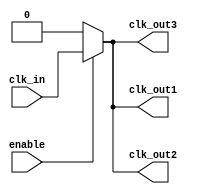
module LowPowerClockBuffer (
    input wire clk_in,               // Input clock signal
    input wire enable,               // Control signal for clock gating
    output wire clk_out1,            // Output clock signal 1
    output wire clk_out2,            // Output clock signal 2
    output wire clk_out3             // Output clock signal 3
);

    // Internal signals
    wire clk_gated;                  // Gated clock signal
    wire clk_buf1, clk_buf2, clk_buf3; // Buffered clock signals

    // Input Stage: Schmitt Trigger (simplified)
    wire clk_clean;
    assign clk_clean = clk_in; // In a real design, this would be a Schmitt trigger

    // Clock Gating Logic
    assign clk_gated = enable ? clk_clean : 1'b0;

    // Buffer Stage: Simple buffer implementation
    // In a real design, you would use low-threshold transistors
    assign clk_buf1 = clk_gated; // Buffer for output 1
    assign clk_buf2 = clk_gated; // Buffer for output 2
    assign clk_buf3 = clk_gated; // Buffer for output 3

    // Output Drivers
    assign clk_out1 = clk_buf1; // Output clock signal 1
    assign clk_out2 = clk_buf2; // Output clock signal 2
    assign clk_out3 = clk_buf3; // Output clock signal 3

endmodule